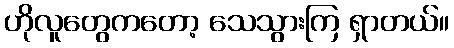
ဟိုလူတွေကတော့ သေသွားကြ ရှာတယ်။